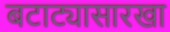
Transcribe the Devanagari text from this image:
बटाट्यासारखा